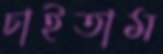
চাইতাম